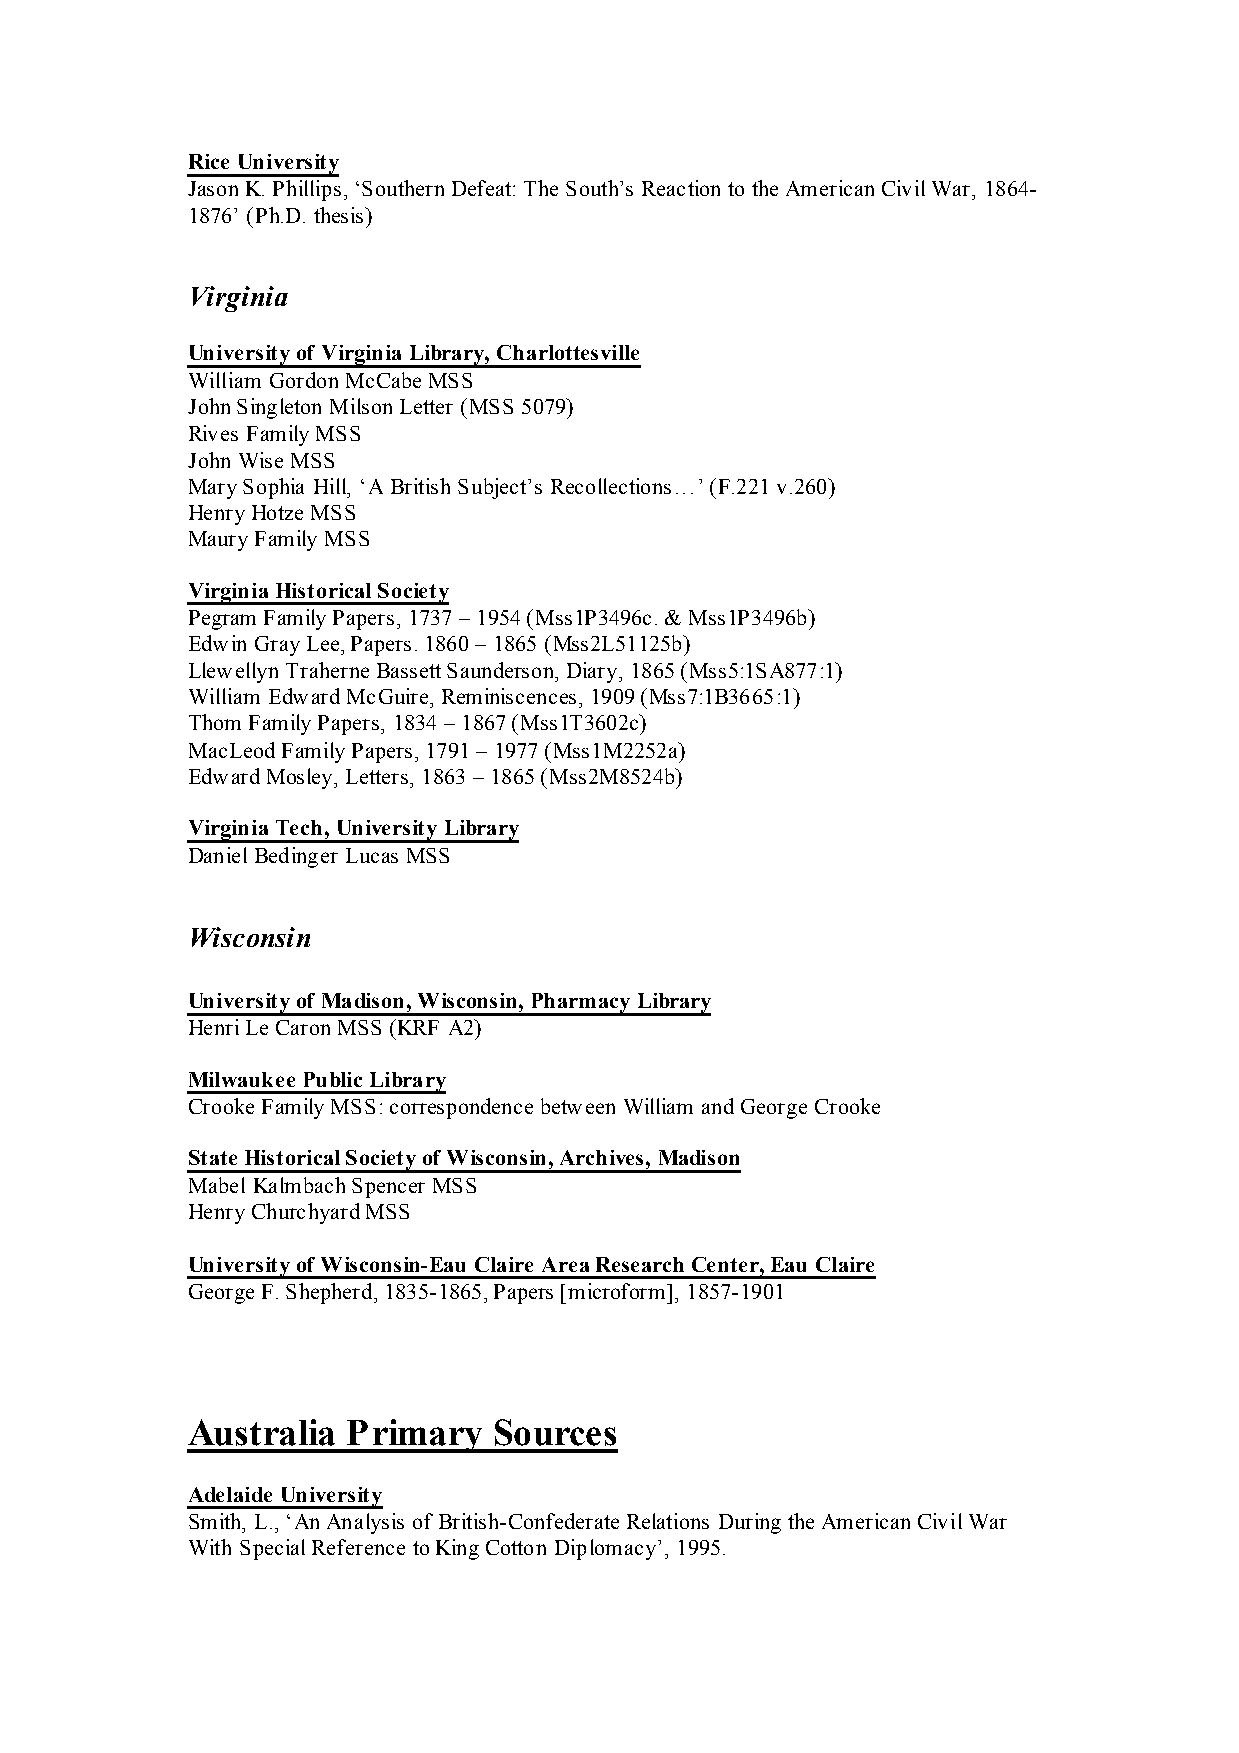
Rice University
 Jason K. Phillips, ‘Southern Defeat: The South’s Reaction to the American Civil War, 1864-
 1876’ (Ph.D. thesis)
 Virginia
 University of Virginia Library, Charlottesville
 William Gordon McCabe MSS
 John Singleton Milson Letter (MSS 5079)
 Rives Family MSS
 John Wise MSS
 Mary Sophia Hill, ‘A British Subject’s Recollections…’ (F.221 v.260)
 Henry Hotze MSS
 Maury Family MSS
 Virginia Historical Society
 Pegram Family Papers, 1737 – 1954 (Mss1P3496c. & Mss1P3496b)
 Edwin Gray Lee, Papers. 1860 – 1865 (Mss2L51125b)
 Llewellyn Traherne Bassett Saunderson, Diary, 1865 (Mss5:1SA877:1)
 William Edward McGuire, Reminiscences, 1909 (Mss7:1B3665:1)
 Thom Family Papers, 1834 – 1867 (Mss1T3602c)
 MacLeod Family Papers, 1791 – 1977 (Mss1M2252a)
 Edward Mosley, Letters, 1863 – 1865 (Mss2M8524b)
 Virginia Tech, University Library
 Daniel Bedinger Lucas MSS
 Wisconsin
 University of Madison, Wisconsin, Pharmacy Library
 Henri Le Caron MSS (KRF A2)
 Milwaukee Public Library
 Crooke Family MSS: correspondence between William and George Crooke
 State Historical Society of Wisconsin, Archives, Madison
 Mabel Kalmbach Spencer MSS
 Henry Churchyard MSS
 University of Wisconsin-Eau Claire Area Research Center, Eau Claire
 George F. Shepherd, 1835-1865, Papers [microform], 1857-1901
 Australia  Primary   Sources
 Adelaide University
 Smith, L., ‘An Analysis of British-Confederate Relations During the American Civil War
 With Special Reference to King Cotton Diplomacy’, 1995.